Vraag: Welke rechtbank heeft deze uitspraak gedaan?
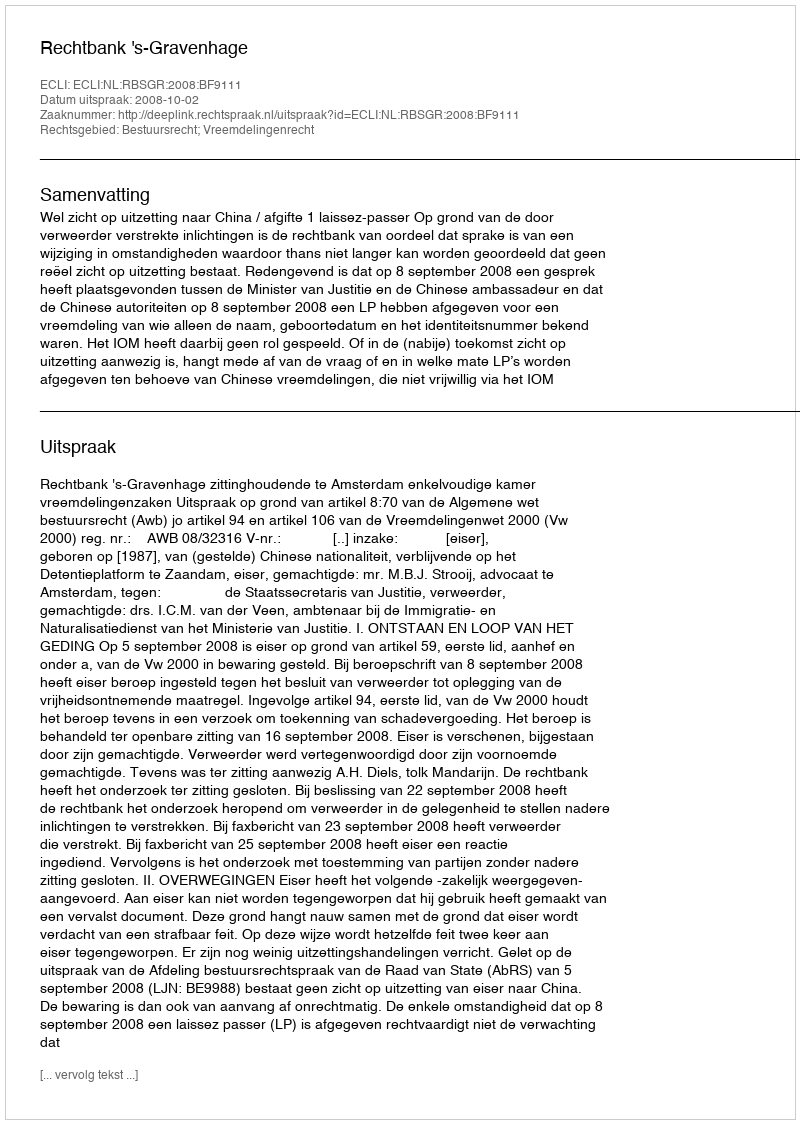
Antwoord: Rechtbank 's-Gravenhage